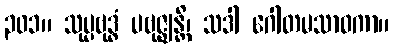
၃၀၁။ သုပ္ပဗုဒ္ဓံ ပဗုဇ္ဈန္တိ၊ သဒါ ဂေါတမသာဝကာ။